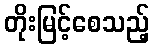
တိုးမြင့်စေသည့်